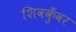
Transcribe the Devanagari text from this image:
शिवकुँवर